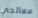
معالجي